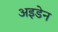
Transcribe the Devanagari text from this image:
अइडेन